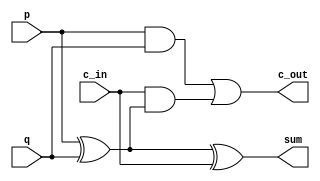
`timescale 1ns / 1ps
//////////////////////////////////////////////////////////////////////////////////
// Company: 
// Engineer: 
// 
// Design Name: 
// Module Name:    Lab1 
// Project Name: 
// Target Devices: 
// Tool versions: 
// Description: 
//
// Dependencies: 
//
// Revision: 
// Revision 0.01 - File Created
// Additional Comments: 
//

//sum = a^b^c_in;
//c_out = (ab)+(c_in(a^b));
//////////////////////////////////////////////////////////////////////////////////
module Lab1(p, q, c_in, sum, c_out);
output sum, c_out;
input p, q, c_in;
wire t1, t2, t3;

xor(t1, p, q);
xor(sum, t1, c_in);

and(t2, p, q);
and(t3, c_in, t1);
or(c_out, t2, t3);

endmodule